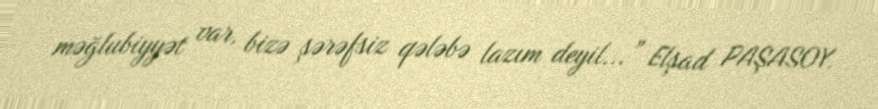
məğlubiyyət var, bizə şərəfsiz qələbə lazım deyil...” Elşad PAŞASOY.